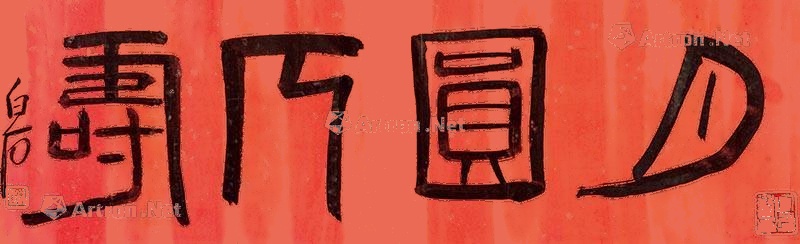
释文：月园人寿白石